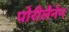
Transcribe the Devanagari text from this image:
पोरीलैनेन